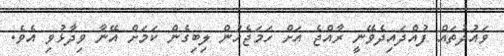
ވައުދުތައް ފުއްދައިދެވޭނީ ރާއްޖެ އަށް ހަމަޖެހުން ލިބިގެން ކަމަށް އޭނާ ވިދާޅުވި އެވެ.